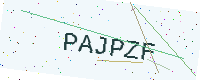
Text: PAJPZF